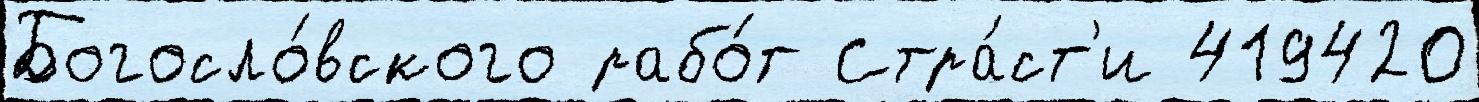
Богосло́вского рабо́т Стра́ст'и 419420